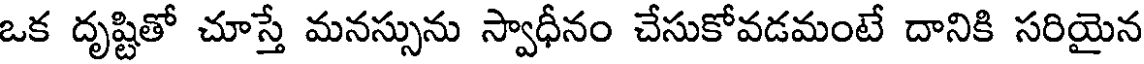
ఒక దృష్టితో చూస్తే మనస్సును స్వాధీనం చేసుకోవడమంటే దానికి సరియైన